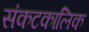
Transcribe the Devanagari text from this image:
संकटकालिक